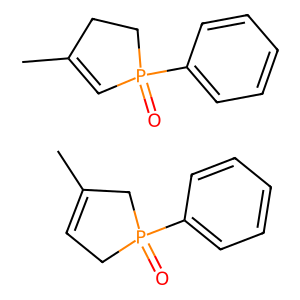
SMILES: CC1=CCP(=O)(c2ccccc2)C1.CC1=CP(=O)(c2ccccc2)CC1
Inhibits HIV replication: No